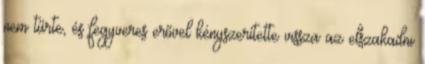
nem tűrte, és fegyveres erővel kényszerítette vissza az elszakadni